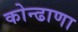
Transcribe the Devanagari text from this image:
कोन्ढाणा